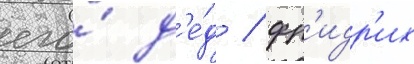
его́ д'е́д / фр'идр'их